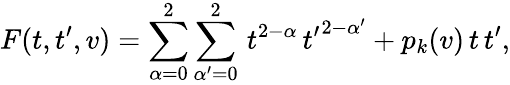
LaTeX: F(t,t^{\prime},v)=\sum_{\alpha=0}^{2}\sum_{\alpha^{\prime}=0}^{2}\, t^{2-\alpha}\, {t^{\prime}}^{2-\alpha^{\prime}}+p_{k}(v)\, t\, t^{\prime},